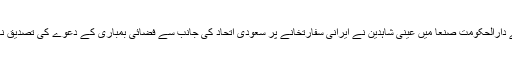
یمن کے دارالحکومت صنعا میں عینی شاہدین نے ایرانی سفارتخانے پر سعودی اتحاد کی جانب سے فضائی بمباری کے دعوے کی تصدیق نہیں کی۔